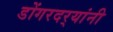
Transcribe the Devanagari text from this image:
डोंगरदर्‍यांनी